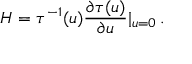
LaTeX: { \cal H } = \tau ^ { - 1 } ( u ) \frac { \partial \tau ( u ) } { \partial u } | _ { u = 0 } \, .